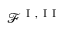
\mathcal { F } ^ { \mathrm { ~ I ~ , ~ I ~ I ~ } }